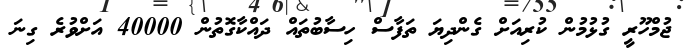
ޖުމްހޫރީ ގުޅުމުން ކުރިއަށް ގެންދިޔަ ތަފާސް ހިސާބުތައް ދައްކާގޮތުން 40000 އަށްވުރެ ގިނަ